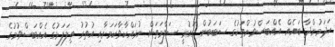
ހަދަމުންދާ ބައެއް އެއްބަސްވުންތަކުގެ ސަބަބުން ގައުމީ ސަލާމަތަށް ނުރައްކާވާކަމަށާއި އުތުރު ތިލަފަޅުގެ އެއްބަސްވުމުގެ